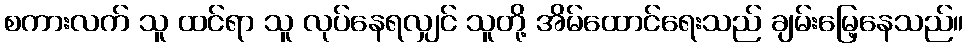
စကားလက် သူ ထင်ရာ သူ လုပ်နေရလျှင် သူတို့ အိမ်ထောင်ရေးသည် ချမ်းမြေ့နေသည်။